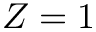
Z = 1